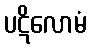
ပဋိလောမံ